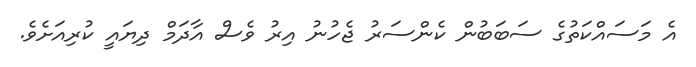
އެ މަސައްކަތުގެ ސަބަބުން ކެންސަރު ޖެހުނު އިރު ވެސް އާދަމް ދިޔައީ ކުރިއަށެވެ.